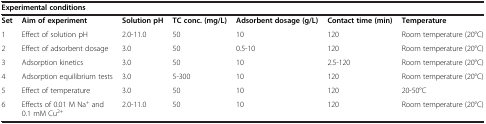
| <COLSPAN=7> Experimental conditions |
 | --- | --- | --- | --- | --- | --- | --- |
 | Set | Aim of experiment | Solution pH | TC conc. (mg/L) | Adsorbent dosage (g/L) | Contact time (min) | Temperature |
 | 1 | Effect of solution pH | 2.0-11.0 | 50 | 10 | 120 | Room temperature (20°C) |
 | 2 | Effect of adsorbent dosage | 3.0 | 50 | 0.5-10 | 120 | Room temperature (20°C) |
 | 3 | Adsorption kinetics | 3.0 | 50 | 10 | 2.5-120 | Room temperature (20°C) |
 | 4 | Adsorption equilibrium tests | 3.0 | 5-300 | 10 | 120 | Room temperature (20°C) |
 | 5 | Effect of temperature | 3.0 | 50 | 10 | 120 | 20-50°C |
 | 6 | Effects of 0.01 M Na+ and 0.1 mM Cu2+ | 2.0-11.0 | 50 | 10 | 120 | Room temperature (20°C) |